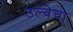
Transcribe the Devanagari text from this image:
उल्वेचा